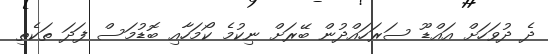
ދެ ދުވަހަށް އައްޑޫ ސަރަހައްދުން ބޭރަށް ނިކުމެ ކޯމަހާއި ބޮޑުމަސް ފަދަ ތަކެތި